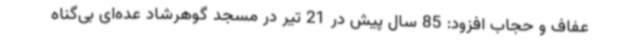
عفاف و حجاب افزود: 85 سال پیش در 21 تیر در مسجد گوهرشاد عده‌ای بی‌گناه